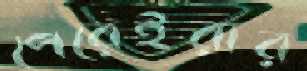
পেরেইরার